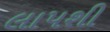
લાપશી